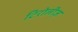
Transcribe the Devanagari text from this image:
टिरोलीज़